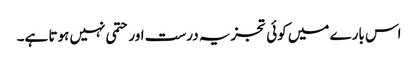
اس بارے میں کوئی تجزیہ درست اور حتمی نہیں ہوتا ہے۔